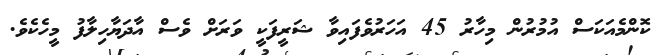
ކޮންމެއަކަސް އުމުރުން މިހާރު 45 އަހަރުވެފައިވާ ޝަރީފަކީ ވަރަށް ވެސް އާދަޔާހިލާފު މީހެކެވެ.